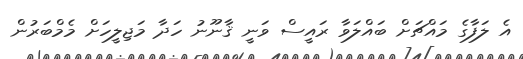
އެ ލަފާގެ މައްޗަށް ބައްލަވާ ރައީސް ވަނީ ޤާނޫނު ހަދާ މަޖިލީހަށް މެމްބަރުން